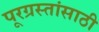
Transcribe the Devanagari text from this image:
पूरग्रस्तांसाठी